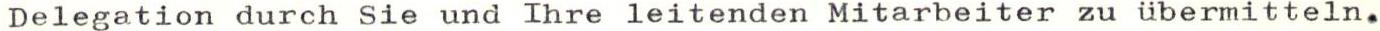
Delegation durch Sie und Ihre leitenden Mitarbeiter zu übermitteln.